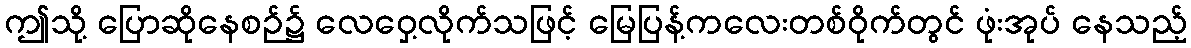
ဤသို့ ပြောဆိုနေစဉ်၌ လေဝှေ့လိုက်သဖြင့် မြေပြန့်ကလေးတစ်ဝိုက်တွင် ဖုံးအုပ် နေသည့်